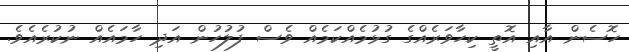
ހޮސެން އާއި އޮތީ ކިހާވަރެއްގެ ގުޅުމެއްކަމެއް ވެސް ފުލުހުން އަދި ހާމައެއް ނުކުރެއެވެ.